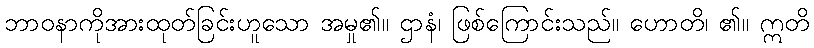
ဘာဝနာကိုအားထုတ်ခြင်းဟူသော အမှု၏။ ဌာနံ၊ ဖြစ်ကြောင်းသည်။ ဟောတိ၊ ၏။ ဣတိ